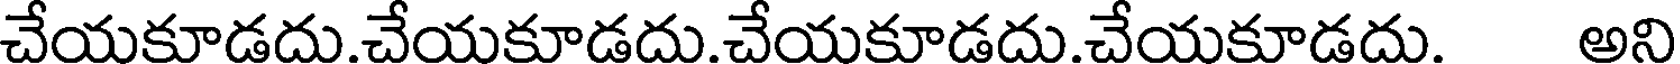
చేయకూడదు.చేయకూడదు.చేయకూడదు.చేయకూడదు. అని